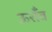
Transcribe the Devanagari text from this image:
ऊराँव